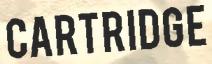
CARTRIDGE